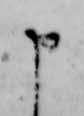
申